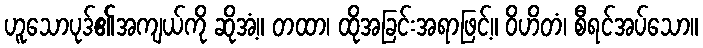
ဟူသောပုဒ်၏အကျယ်ကို ဆိုအံ့။ တထာ၊ ထိုအခြင်းအရာဖြင့်။ ဝိဟိတံ၊ စီရင်အပ်သော။